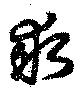
求